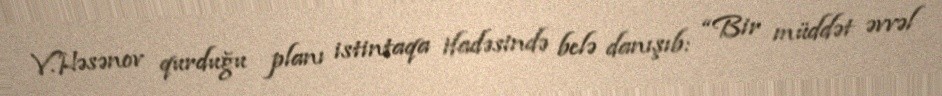
V.Həsənov qurduğu planı istintaqa ifadəsində belə danışıb: “Bir müddət əvvəl